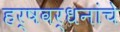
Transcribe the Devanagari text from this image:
हर्षवर्धनांचे